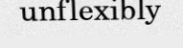
unflexibly